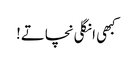
کبھی انگلی نچاتے!